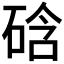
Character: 𥓂